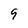
Character: 9